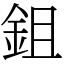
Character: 鉏